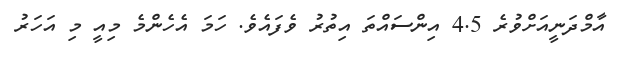
އާމްދަނީއަށްވުރެ 4.5 އިންސައްތަ އިތުރު ވެފައެވެ. ހަމަ އެހެންމެ މިއީ މި އަހަރު